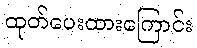
ထုတ်ပေးထားကြောင်း